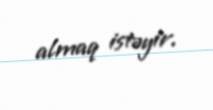
almaq istəyir.